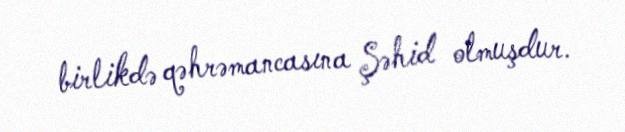
birlikdə qəhrəmancasına Şəhid olmuşdur.